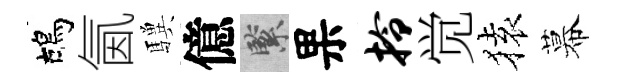
鴣氤驥億緊果拎觉𫞤幕